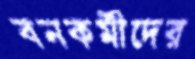
বনকর্মীদের